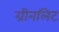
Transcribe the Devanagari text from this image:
ग्रीनलिट